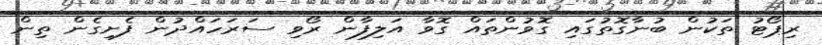
ރިޕޯޓު ތަކުން ބުނާގޮތުގައި ގޮވުންތައް ގޮވާ އަލިފާން ރޯވި ސަރަހައްދުން ފެށިގެން ތިން